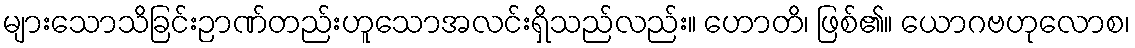
များသောသိခြင်းဉာဏ်တည်းဟူသောအလင်းရှိသည်လည်း။ ဟောတိ၊ ဖြစ်၏။ ယောဂဗဟုလောစ၊